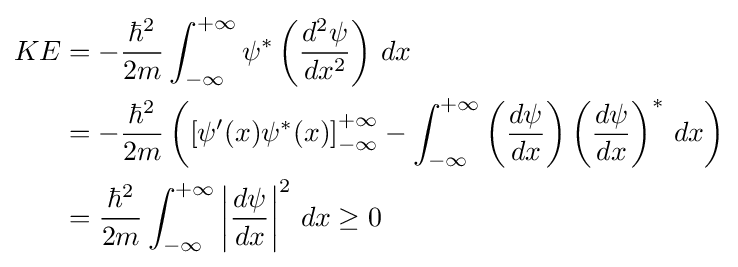
{\begin{aligned}KE&=-{\frac {\hbar ^{2}}{2m}}\int _{-\infty }^{+\infty }\psi ^{*}\left({\frac {d^{2}\psi }{dx^{2}}}\right)\,dx\\&=-{\frac {\hbar ^{2}}{2m}}\left({\left[\psi '(x)\psi ^{*}(x)\right]_{-\infty }^{+\infty }}-\int _{-\infty }^{+\infty }\left({\frac {d\psi }{dx}}\right)\left({\frac {d\psi }{dx}}\right)^{*}\,dx\right)\\&={\frac {\hbar ^{2}}{2m}}\int _{-\infty }^{+\infty }\left|{\frac {d\psi }{dx}}\right|^{2}\,dx\geq 0\end{aligned}}